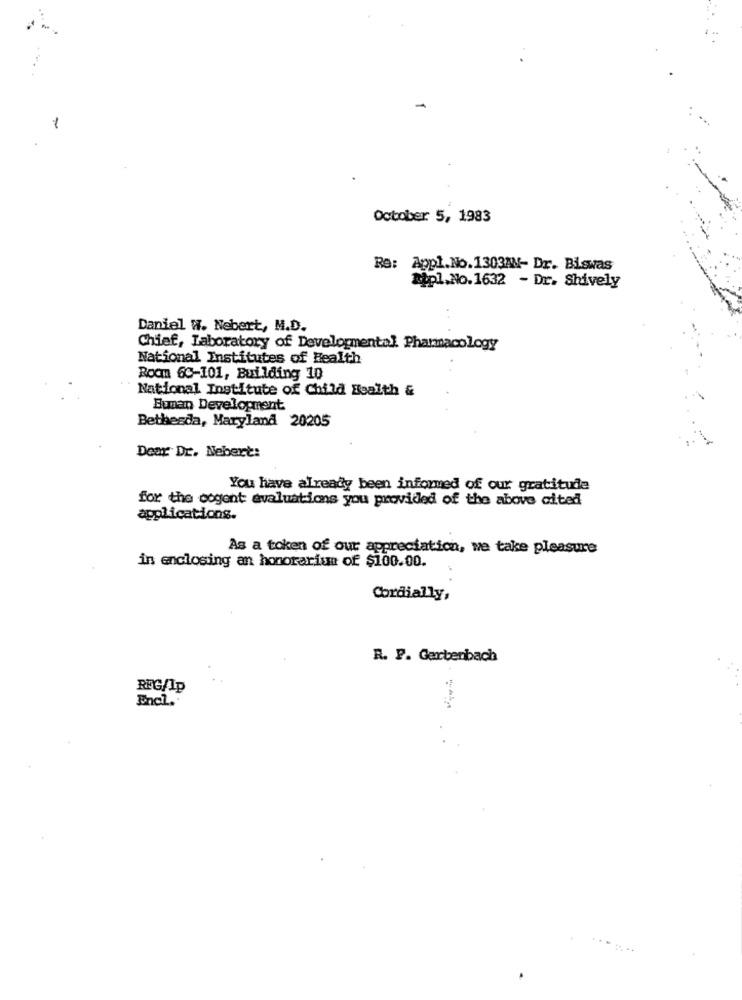
1
October 5, 1983
Re: Appl.No.1303AN- Dr. Biswas
appl.No.1632 - Dr. Shively
Daniel H. Nebert, M.D.
Chief, Laboratory of Developmental Pharmacology
National Institutes of Health
Room 60-101, Building 10
National Institute of Child Health &
Human Development
Bethesda, Maryland 20205
Dear Dr. Nebert:
You have already been informed of our gratitude
for the cogent avaluations you provided of the above aited
applications.
As a token of our appreciation, we take pleasure
in enclosing an honorariun of $100.00.
Cordially,
R. F. Gertenbach
REG/Ip
Encl.